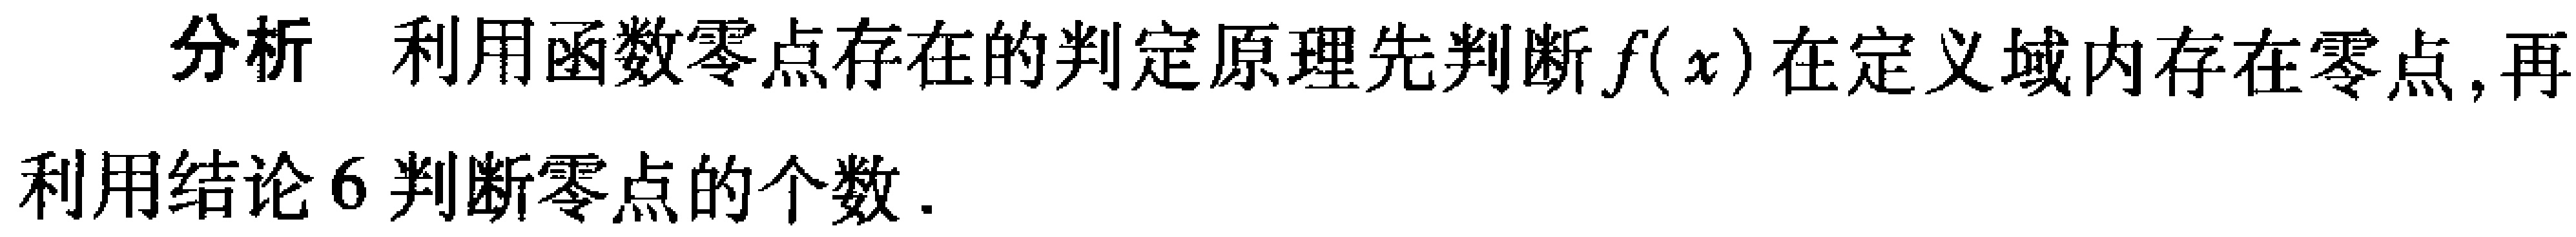
分析 利用函数零点存在的判定原理先判断\(f(x)\)在定义域内存在零点,再利用结论6判断零点的个数.